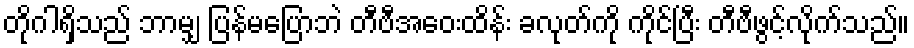
တိုဂါရှိသည် ဘာမျှ ပြန်မပြောဘဲ တီဗီအဝေးထိန်း ခလုတ်ကို ကိုင်ပြီး တီဗီဖွင့်လိုက်သည်။